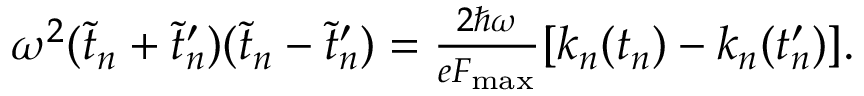
\begin{array} { r } { \omega ^ { 2 } ( \tilde { t } _ { n } + \tilde { t } _ { n } ^ { \prime } ) ( \tilde { t } _ { n } - \tilde { t } _ { n } ^ { \prime } ) = \frac { 2 \hbar \omega } { e F _ { \mathrm { m a x } } } [ k _ { n } ( t _ { n } ) - k _ { n } ( t _ { n } ^ { \prime } ) ] . } \end{array}